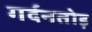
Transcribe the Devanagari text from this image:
गर्दनतोड़